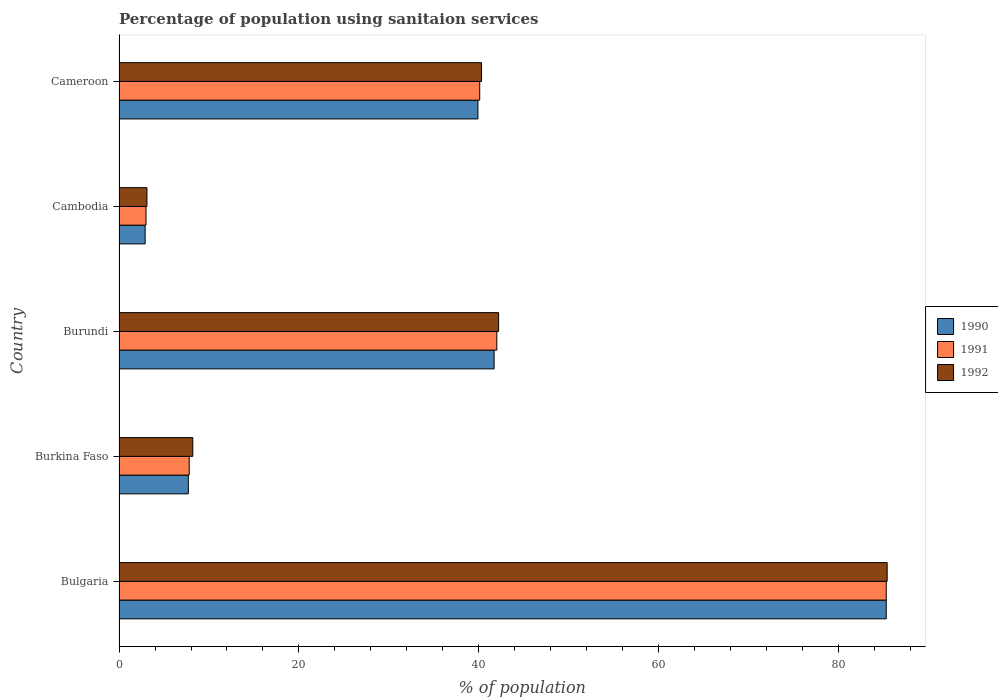
| Country | 1990 | 1991 | 1992 |
 | --- | --- | --- | --- |
 | Bulgaria | 85.3 | 85.3 | 85.4 |
 | Burkina Faso | 7.7 | 7.8 | 8.2 |
 | Burundi | 41.7 | 42 | 42.2 |
 | Cambodia | 2.9 | 3 | 3.1 |
 | Cameroon | 39.9 | 40.1 | 40.3 |